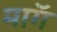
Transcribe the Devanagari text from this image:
माॅग